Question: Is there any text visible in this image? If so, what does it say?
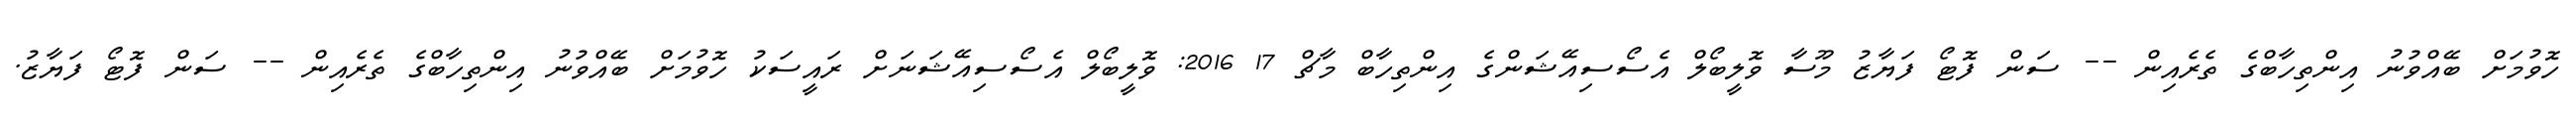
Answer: ހޮވުމަށް ބޭއްވުނު އިންތިހާބްގެ ތެރެއިން -- ސަން ފޮޓޯ ފަޔާޒު މޫސާ ވޮލީބޯލް އެސޯސިއޭޝަންގެ އިންތިހާބް މާޗް 17 2016: ވޮލީބޯލް އެސޯސިއޭޝަނަށް ރައީސަކު ހޮވުމަށް ބޭއްވުނު އިންތިހާބްގެ ތެރެއިން -- ސަން ފޮޓޯ ފަޔާޒު.